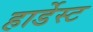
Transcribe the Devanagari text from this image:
हार्डेस्ट